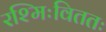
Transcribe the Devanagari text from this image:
रश्मिःविततः